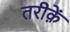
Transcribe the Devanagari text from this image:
तरीक़ें